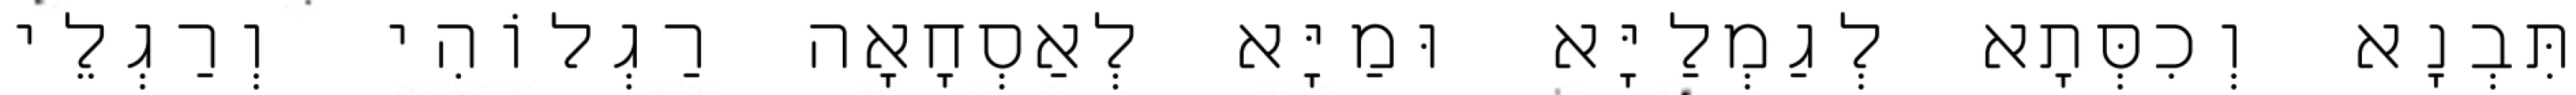
תִּבְנָא וְכִסְּתָא לְגַמְלַיָּא וּמַיָּא לְאַסְחָאָה רַגְלוֹהִי וְרַגְלֵי